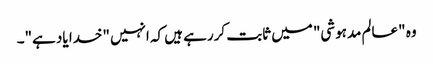
وہ "عالم مدہوشی" میں ثابت کررہے ہیں کہ انہیں "خدا یاد ہے"۔